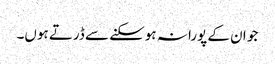
جو ان کے پورا نہ ہوسکنے سے ڈرتے ہوں۔